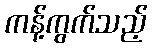
ကန့်ကွက်သည့်